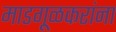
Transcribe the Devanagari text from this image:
माडगूळकरांना